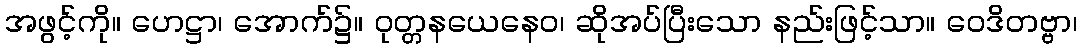
အဖွင့်ကို။ ဟေဋ္ဌာ၊ အောက်၌။ ဝုတ္တနယေနေဝ၊ ဆိုအပ်ပြီးသော နည်းဖြင့်သာ။ ဝေဒိတဗ္ဗာ၊